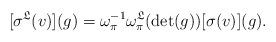
LaTeX: \begin{align*}[\sigma^{\mathfrak{L}}(v)](g) = \omega^{-1}_{\pi}\omega_{\pi}^{\mathfrak{L}}(\det(g))[\sigma(v)](g). \end{align*}